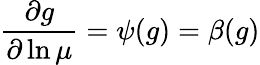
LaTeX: \displaystyle{\frac{\partial g}{\partial\ln\mu}}=\psi(g)=\beta(g)